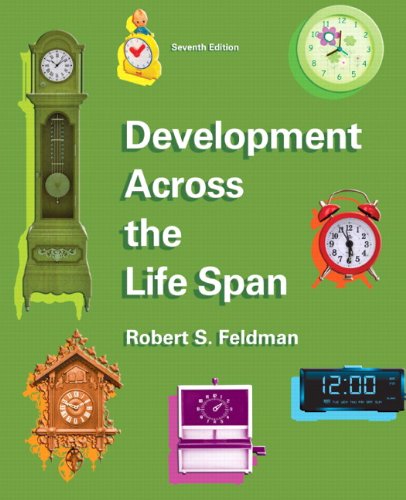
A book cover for Development Across the Life Span (7th Edition); Robert S. Feldman Ph.D.; Medical Books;